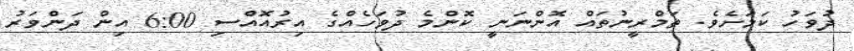
ދުވަހު ކަމަށެވެ. ތަމްރީނުތައް އޮންނަނީ ކޮންމެ ދުވަހެއްގެ އިރުއޮއްސި 6:00 އިން ދަންވަރު